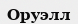
Оруэлл